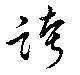
誇